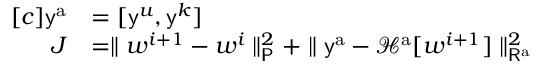
\begin{array} { r l } { [ c ] \mathsf { y } ^ { \mathrm { a } } } & { = [ \mathsf { y } ^ { \boldsymbol { u } } , \mathsf { y } ^ { k } ] } \\ { J } & { = \parallel \boldsymbol { w } ^ { i + 1 } - \boldsymbol { w } ^ { i } \parallel _ { \mathsf { P } } ^ { 2 } + \parallel \mathsf { y } ^ { \mathrm { a } } - \mathcal { H } ^ { \mathrm { a } } [ \boldsymbol { w } ^ { i + 1 } ] \parallel _ { \mathsf { R } ^ { \mathrm { a } } } ^ { 2 } } \end{array}